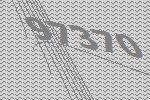
97370